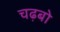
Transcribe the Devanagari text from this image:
चढ़बो